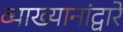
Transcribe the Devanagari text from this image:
व्याख्यानांद्वारे